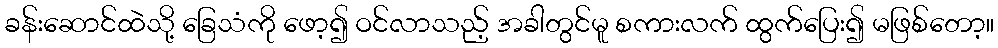
ခန်းဆောင်ထဲသို့ ခြေသံကို ဖော့၍ ဝင်လာသည့် အခါတွင်မူ စကားလက် ထွက်ပြေး၍ မဖြစ်တော့။